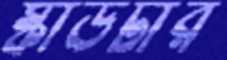
স্কাউটার